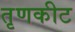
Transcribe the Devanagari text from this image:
तृणकीट